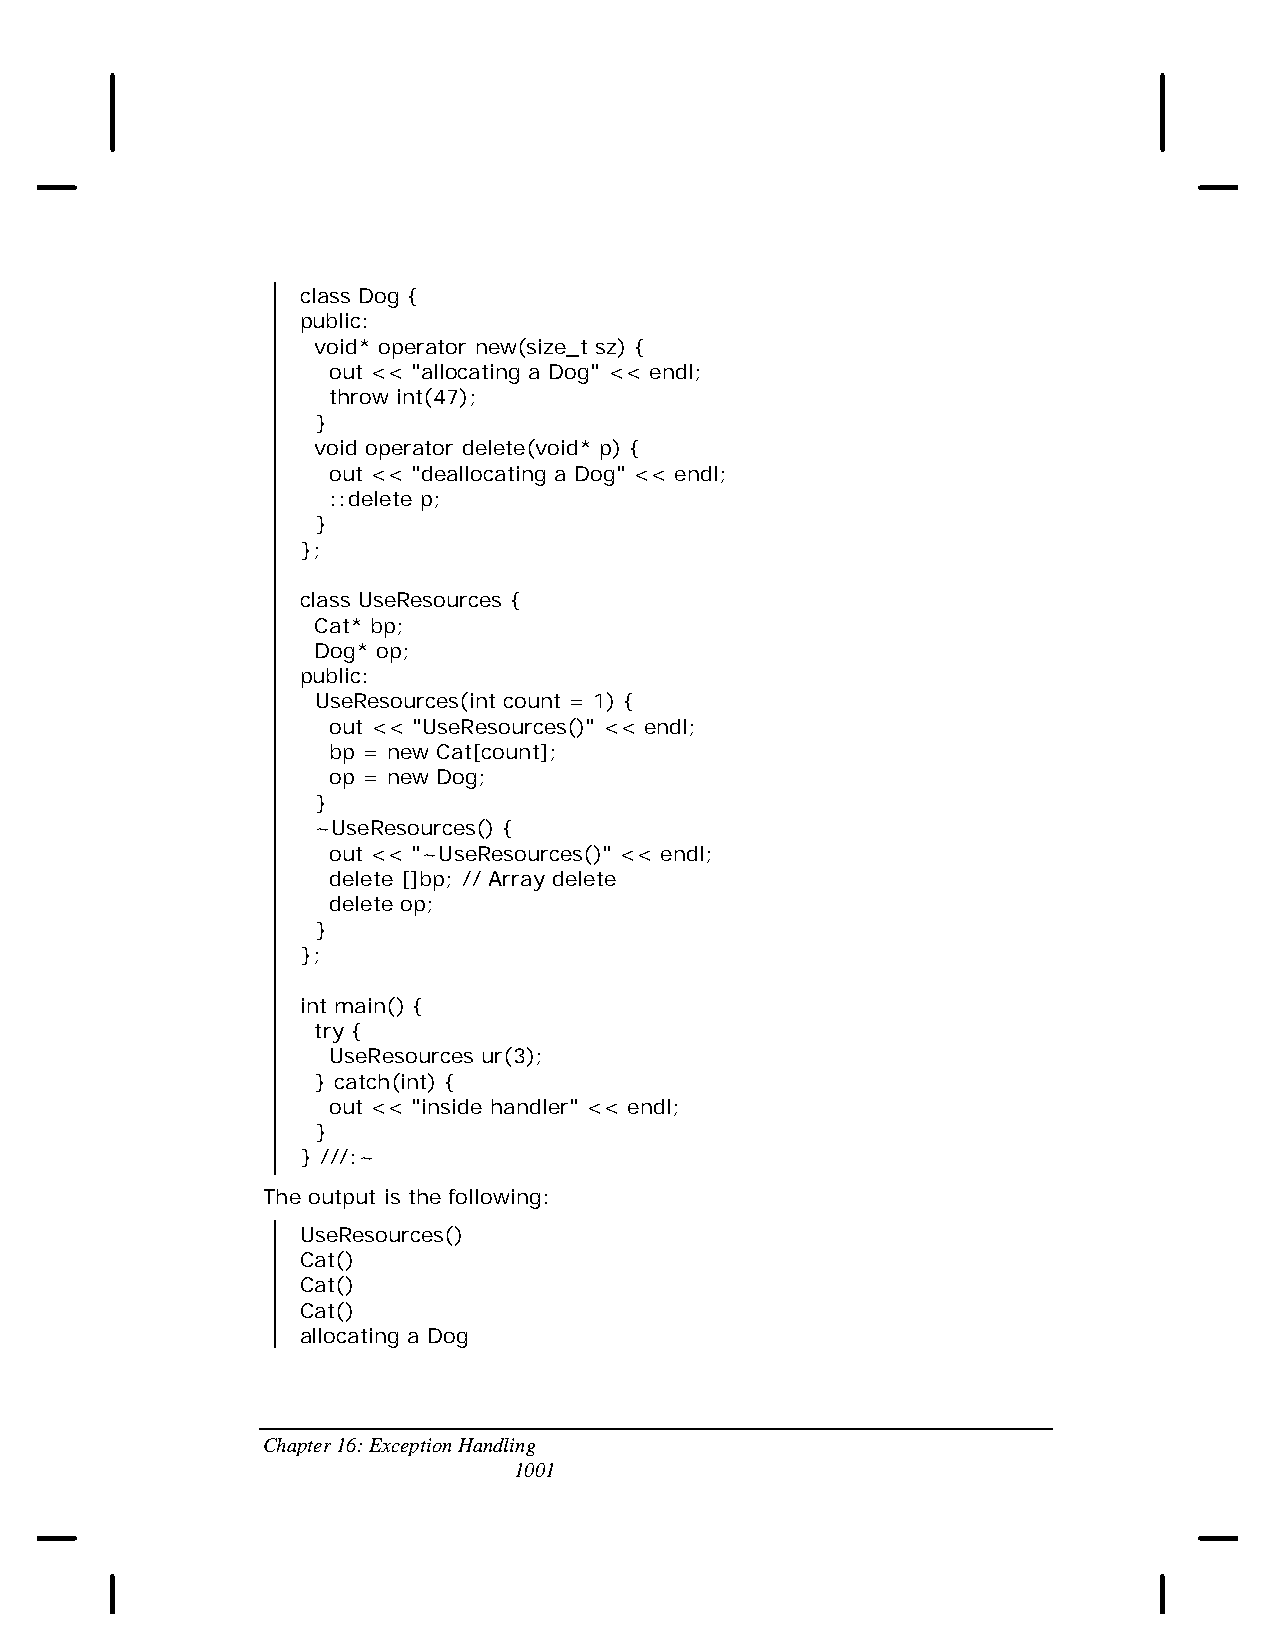
class Dog {
 public:
 void* operator new(size_t sz) {
 out << "allocating a Dog" << endl;
 throw int(47);
 }
 void operator delete(void* p) {
 out << "deallocating a Dog" << endl;
 ::delete p;
 }
 };
 class UseResources {
 Cat* bp;
 Dog* op;
 public:
 UseResources(int count = 1) {
 out << "UseResources()" << endl;
 bp = new Cat[count];
 op = new Dog;
 }
 ~UseResources() {
 out << "~UseResources()" << endl;
 delete []bp; // Array delete
 delete op;
 }
 };
 int main() {
 try {
 UseResources ur(3);
 } catch(int) {
 out << "inside handler" << endl;
 }
 } ///:~
 The output is the following:
 UseResources()
 Cat()
 Cat()
 Cat()
 allocating a Dog
 Chapter 16: Exception Handling
 1001